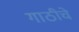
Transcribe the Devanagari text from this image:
गाठीचे